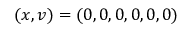
( \boldsymbol { x } , \boldsymbol { v } ) = ( 0 , 0 , 0 , 0 , 0 , 0 )